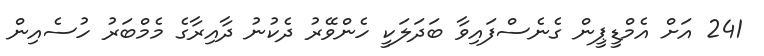
241 އަށް އެމްޑީޕީން ގެނެސްފައިވާ ބަދަލަކީ ހެންވޭރު ދެކުނު ދާއިރާގެ މެމްބަރު ހުސެއިން